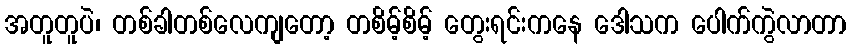
အတူတူပဲ၊ တစ်ခါတစ်လေကျတော့ တစိမ့်စိမ့် တွေးရင်းကနေ ဒေါသက ပေါက်ကွဲလာတာ